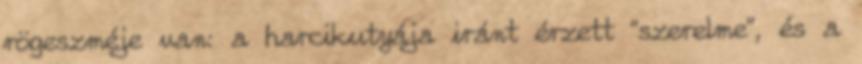
rögeszméje van: a harcikutyája iránt érzett “szerelme”, és a